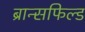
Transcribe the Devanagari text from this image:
ब्रान्सफिल्ड